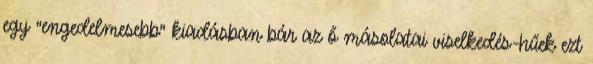
egy “engedelmesebb” kiadásban bár az ő másolatai viselkedés-hűek ezt